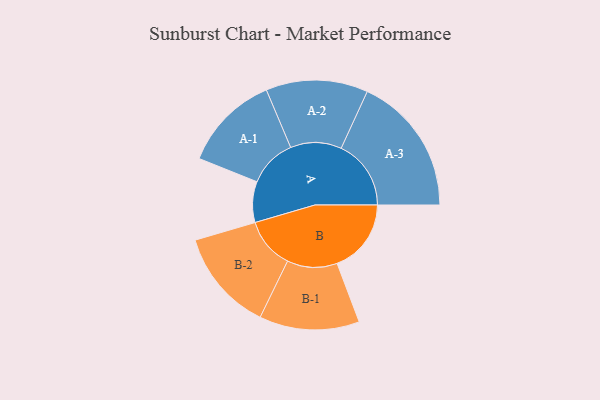
{"axis": {"x": "Segment", "y": "Value"}, "legend": ["", "A", "B"], "data": [{"x": "A", "y": 173, "type": ""}, {"x": "B", "y": 314, "type": ""}, {"x": "A-1", "y": 205, "type": "A"}, {"x": "A-2", "y": 216, "type": "A"}, {"x": "A-3", "y": 296, "type": "A"}, {"x": "B-1", "y": 212, "type": "B"}, {"x": "B-2", "y": 216, "type": "B"}]}